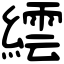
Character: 繧